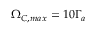
\Omega _ { C , m a x } = 1 0 \Gamma _ { a }